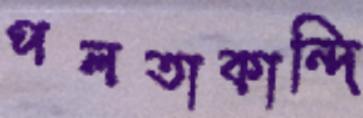
পলতাকান্দি